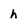
Character: h